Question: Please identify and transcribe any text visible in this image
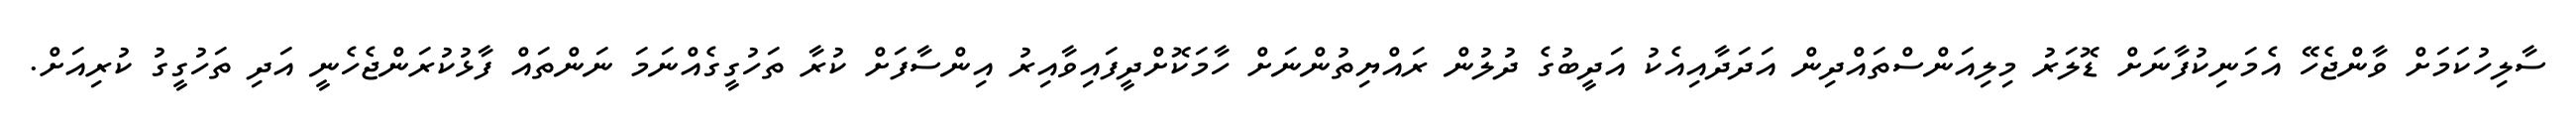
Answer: ސާލިހުކަމަށް ވާންޖެހޭ އެމަނިކުފާނަށް ޑޮލަރު މިލިއަންސްތައްދިން އަދަދާއިއެކު އަދީބުގެ ދުލުން ރައްޔިތުންނަށް ހާމަކޮށްދީފައިވާއިރު އިންސާފަށް ކުރާ ތަހުގީގެއްނަމަ ނަންތައް ފާޅުކުރަންޖެހެނީ އަދި ތަހުގީގު ކުރިއަށް.